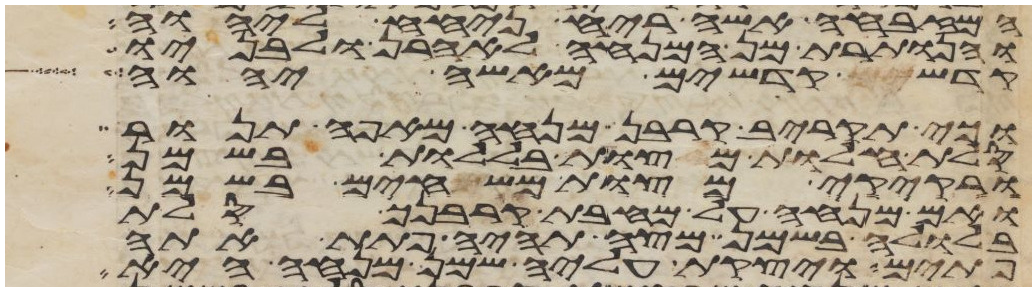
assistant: המזבחה אשה ריח ניחח ליהוה
והנותרת מן המנחה לאהרן ולבניו
קדש קדשים מאשי יהוה
וכי תקריב קרבן מנחה מאפה תנור
סלת חלות מצות בללות בשמן
ורקיקי מצות משחים בשמן
ואם מנחה על מחבת קרבנך סלת
בלולה בשמן מצה תהיה פתת אתה
פתים ויצקת עליה שמן מנחה היא